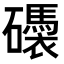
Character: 𥗗